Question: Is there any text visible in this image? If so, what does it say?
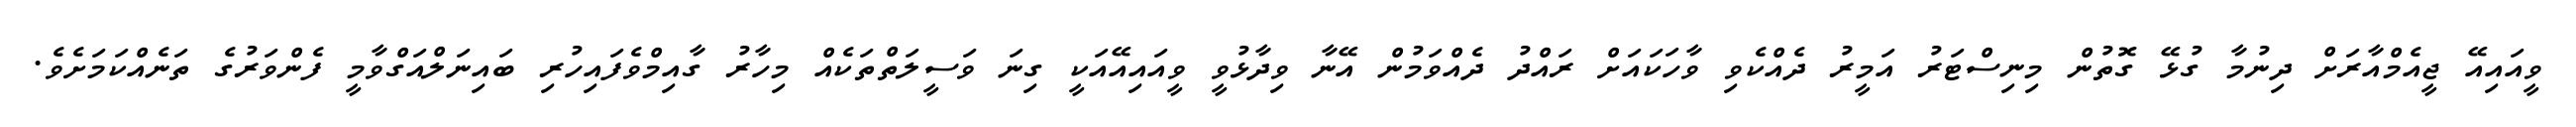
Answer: ވީއައިއޭ ޖީއެމްއާރަށް ދިނުމާ ގުޅޭ ގޮތުން މިނިސްޓަރު އަމީރު ދެއްކެވި ވާހަކައަށް ރައްދު ދެއްވަމުން އޭނާ ވިދާޅުވީ ވީއައިއޭއަކީ ގިނަ ވަސީލަތްތަކެއް މިހާރު ގާއިމްވެފައިހުރި ބައިނަލްއަގްވާމީ ފެންވަރުގެ ތަނެއްކަމަށެވެ.